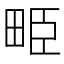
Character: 𤱥